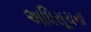
અધિસૂચના